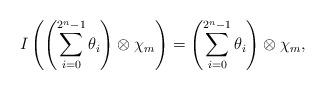
LaTeX: \begin{align*}I\left(\left(\sum_{i=0}^{2^n-1}\theta_i\right)\otimes\chi_m\right)=\left(\sum_{i=0}^{2^n-1}\theta_i\right)\otimes\chi_m,\end{align*}